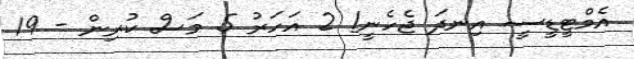
އެމްޓީޑީސީ އިނދަ ޖެހެނީ! 2 އަހަރު 5 މަސް ކުރިން - 19